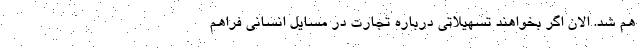
هم شد. الان اگر بخواهند تسهیلاتی درباره تجارت در مسایل انسانی فراهم